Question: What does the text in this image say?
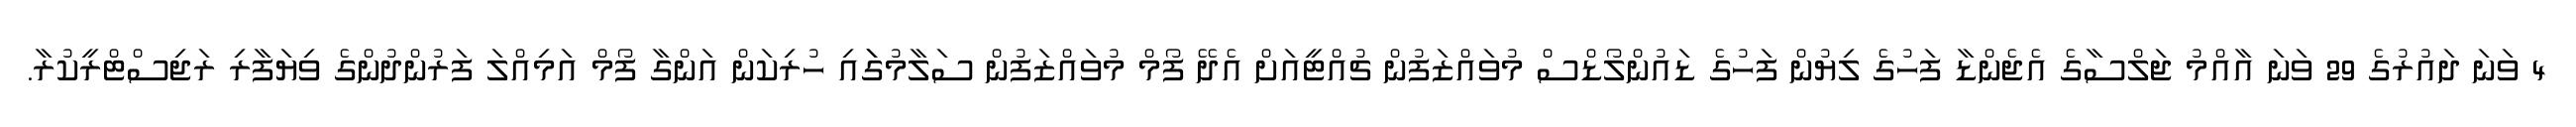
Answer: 4 ވަނަ ދައުރުގެ 29 ވަނަ އާއްމު ޖަލްސާގެ އެޖެންޑާ ފަހުގެ ލިޔުން ފަހުގެ ޑައުންލޯޑްސް މުވައްޒަފުން ޗުއްޓީއަށް އެދޭ ފޯމް މުވައްޒަފުން ސަލާމުގަައި ހުރިކަން އަންގާ ފޯމް އަމިއްލަ ފަރުންދުންގެ ވިޔަފާރި ރަޖިސްޓްރީކުރާ.